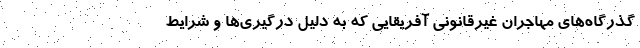
گذرگاه‌های مهاجران غیرقانونی آفریقایی که به دلیل درگیری‌ها و شرایط